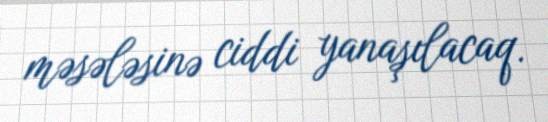
məsələsinə ciddi yanaşılacaq.